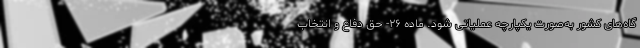
گاه‌های کشور به‌صورت یکپارچه عملیاتی شود. ماده ۲۶- حق دفاع و انتخاب